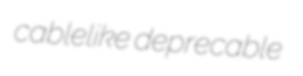
cablelike deprecable